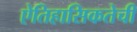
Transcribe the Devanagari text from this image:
ऐतिहासिकतेची